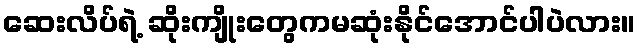
ဆေးလိပ်ရဲ့ ဆိုးကျိုးတွေကမဆုံးနိုင်အောင်ပါပဲလား။